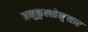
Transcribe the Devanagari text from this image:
अनुकुलतेनुसार